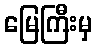
မြေကြီးမှ